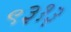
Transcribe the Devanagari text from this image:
९३१३